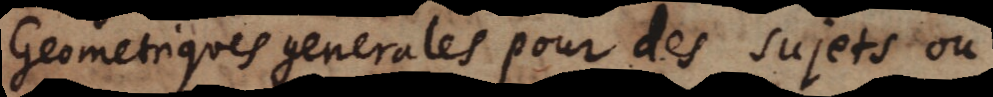
Geometriques generales pour des sujets ou